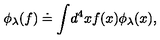
\phi _ { \lambda } ( f ) \doteq \int \! d ^ { 4 } x f ( x ) \phi _ { \lambda } ( x ) ,